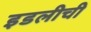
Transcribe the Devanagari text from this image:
इडलीची